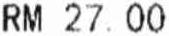
RM 27.00